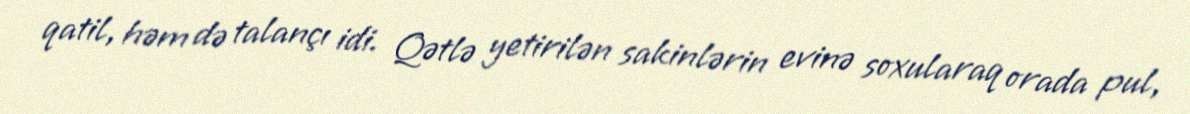
qatil, həm də talançı idi. Qətlə yetirilən sakinlərin evinə soxularaq orada pul,